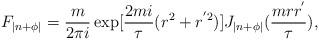
LaTeX: \begin{align*}F_{|n+\phi |}= \frac{m}{2\pi i} \exp[ \frac{2m i}{\tau} (r^2 + r^{'2})] J_{|n+\phi|} ( \frac{mrr^{'}}{\tau}), \end{align*}